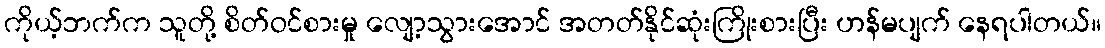
ကိုယ့်ဘက်က သူတို့ စိတ်ဝင်စားမှု လျော့သွားအောင် အတတ်နိုင်ဆုံးကြိုးစားပြီး ဟန်မပျက် နေရပါတယ်။